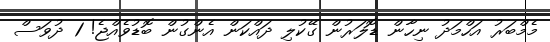
މެމްބަރު އަހްމަދު ނިހާން ޑޮލަރުން ގޭކުލި ދައްކަން އެންގުން ބޮޑުވެއްޖެ! 1 ދުވަސް